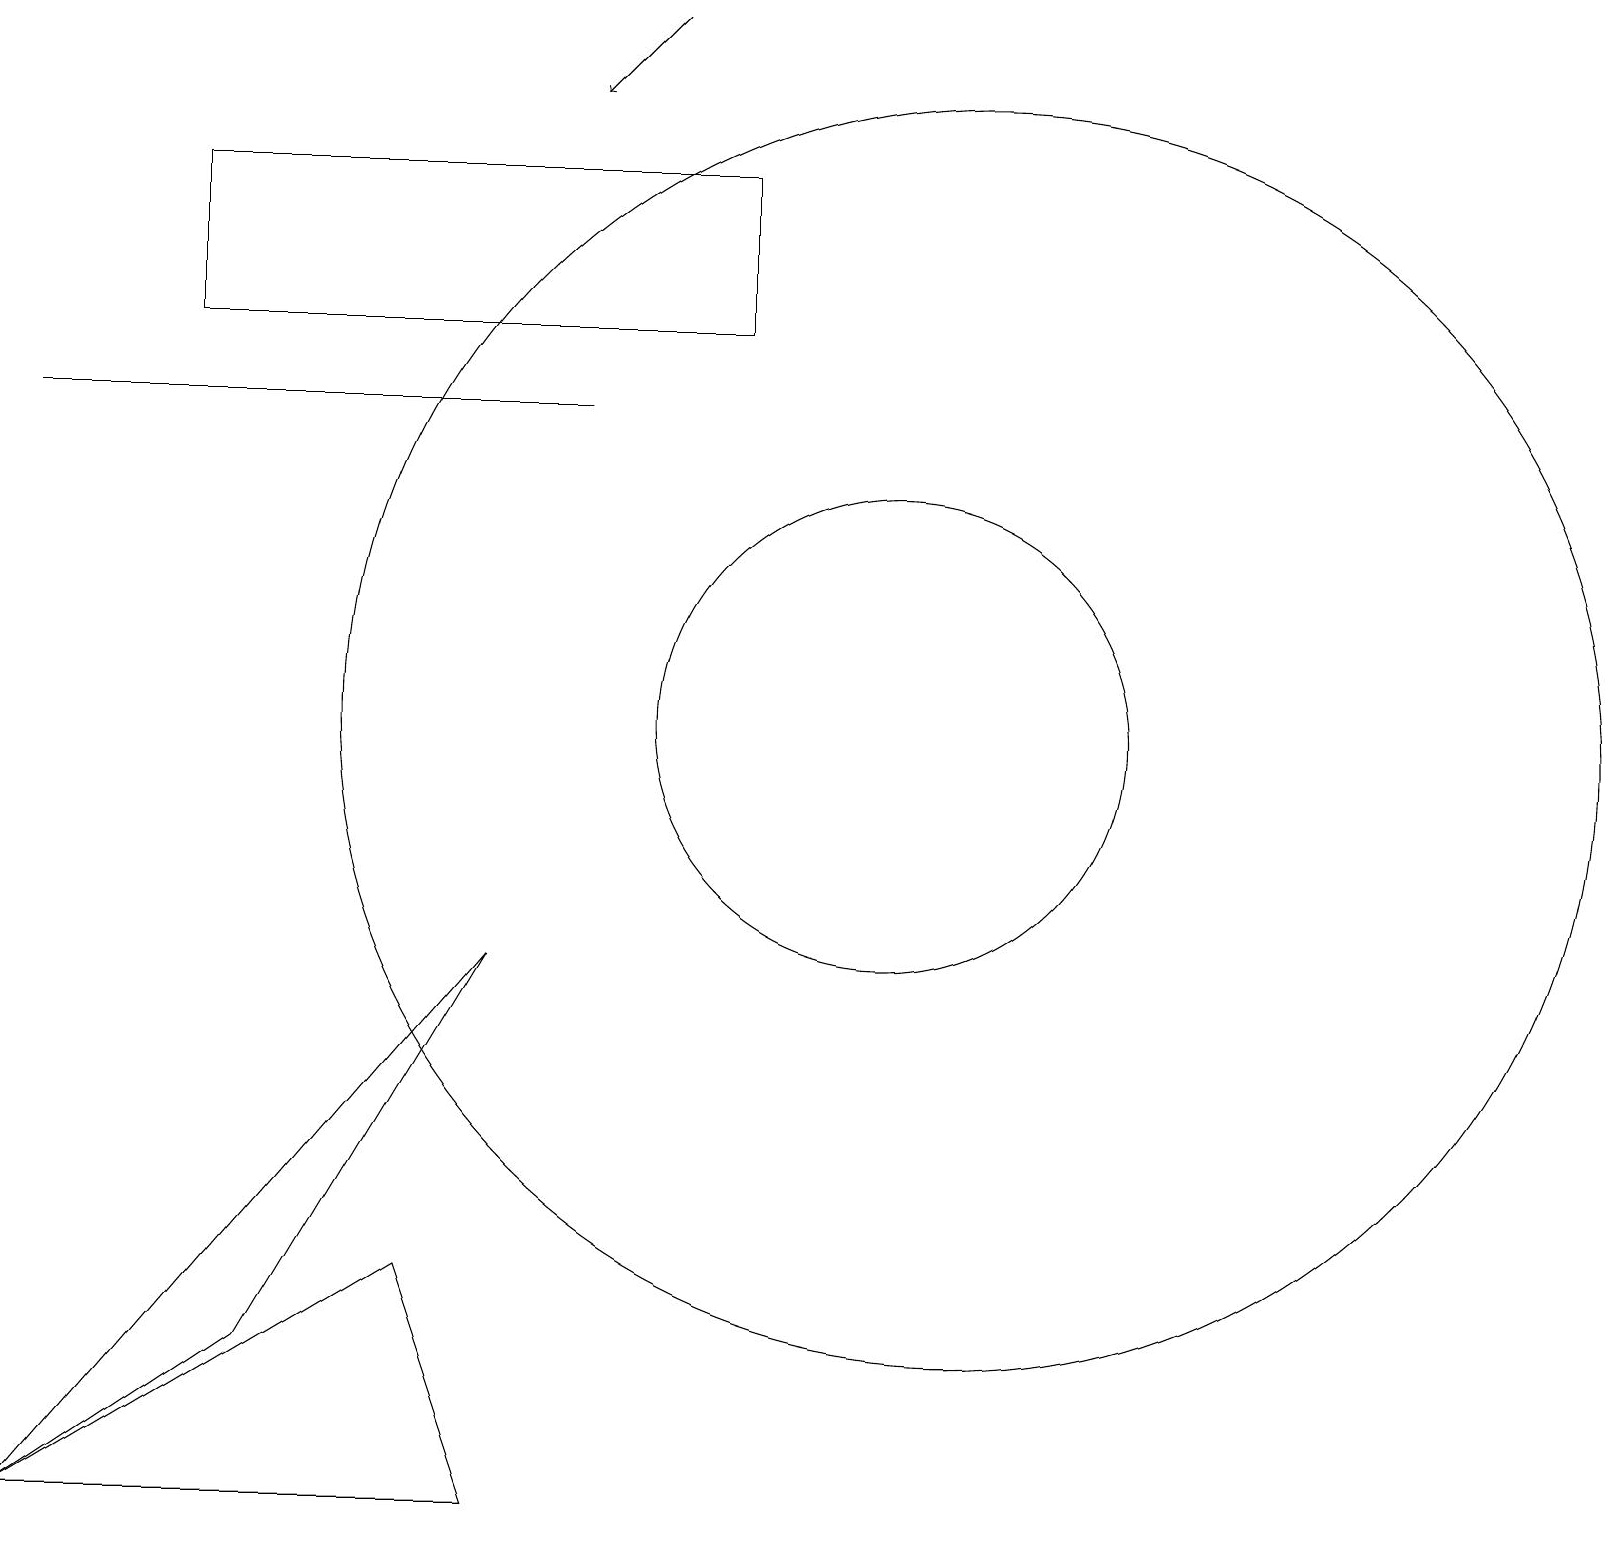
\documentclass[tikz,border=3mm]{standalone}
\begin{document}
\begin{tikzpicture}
\draw (7,14) rectangle (0,14);
\draw (9,15) rectangle (2,17);
\draw (6,7) -- (3,2) -- (0,0) -- cycle;
\draw (0,0) -- (5,3) -- (6,0) -- cycle;
\draw (12,10) circle (8);
\draw[->] (8,19) -- (7,18);
\draw (11,10) circle (3);
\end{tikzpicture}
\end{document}